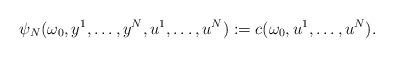
LaTeX: \begin{align*}\psi_N(\omega_0, y^1,\ldots,y^N, u^1,\ldots,u^N) := c(\omega_0, u^1,\ldots,u^N).\end{align*}